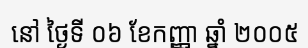
នៅ ថ្ងៃទី ០៦ ខែកញ្ញា ឆ្នាំ ២០០៥